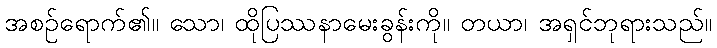
အစဉ်ရောက်၏။ သော၊ ထိုပြဿနာမေးခွန်းကို။ တယာ၊ အရှင်ဘုရားသည်။